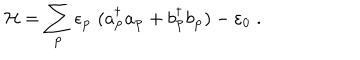
LaTeX: { \cal H } = \sum _ { { \bf { p } } } \epsilon _ { { \bf { p } } } \; ( a _ { { \bf { p } } } ^ { \dagger } a _ { { \bf { p } } } + b _ { { \bf { p } } } ^ { \dagger } b _ { { \bf { p } } } ) - \varepsilon _ { 0 } \; .